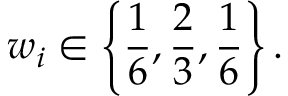
w _ { i } \in \left\{ \frac { 1 } { 6 } , \frac { 2 } { 3 } , \frac { 1 } { 6 } \right\} .